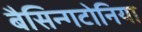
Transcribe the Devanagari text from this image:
बैसिन्गटोनिया